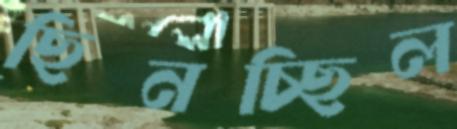
ছিনচ্ছিল